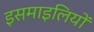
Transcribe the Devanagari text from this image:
इसमाइलियों